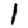
Digit: 1